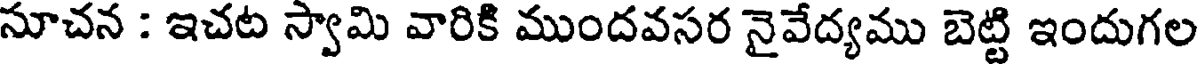
సూచన : ఇచట స్వామి వారికి ముందవసర నైవేద్యము బెట్టి ఇందుగల